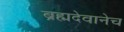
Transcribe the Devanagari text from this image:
ब्रह्मदेवानेच